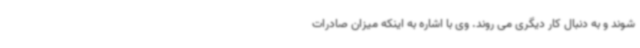
شوند و به دنبال کار دیگری می روند. وی با اشاره به اینکه میزان صادرات